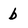
Character: b